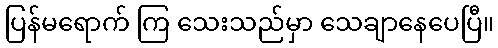
ပြန်မရောက် ကြ သေးသည်မှာ သေချာနေပေပြီ။